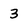
Character: 3